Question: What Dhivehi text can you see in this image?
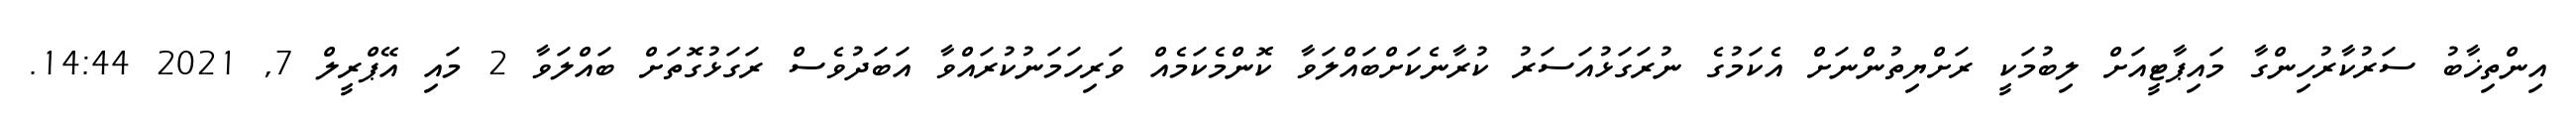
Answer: އިންތިޚާބު ސަރުކާރުހިންގާ މައިޕާޓީއަށް ލިބުމަކީ ރަށްޔިތުންނަށް އެކަމުގެ ނުރަގަޅުއަސަރު ކުރާނެކަށްބައްލަވާ ކޮންމެކަމެއް ވަރިހަމަނުކުރައްވާ އަބަދުވެސް ރަގަޅުގޮތަށް ބައްލަވާ 2 މައި އޭޕްރީލް 7, 2021 14:44.